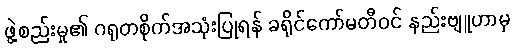
ဖွဲ့စည်းမှု၏ ဂရုတစိုက်အသုံးပြုရန် ခရိုင်ကော်မတီဝင် နည်းဗျူဟာမှ